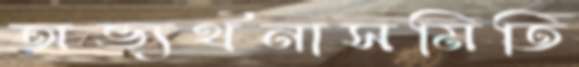
অভ্যর্থনাসমিতি